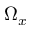
\Omega _ { x }